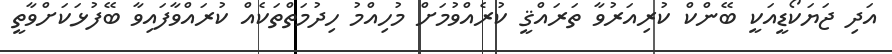
އަދި ޖަޔަކޯޑީއަކީ ބޭންކް ކުރިއަރުވާ ތަރައްޤީ ކުރެއްވުމަށް މުހިއްމު ހިދުމަތްތަކެއް ކުރައްވާފައިވާ ބޭފުޅަކަށްވާތީ